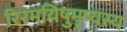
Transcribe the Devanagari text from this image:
रिरमयिषुमृष्यस्य